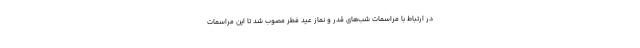
در ارتباط با مراسمات شب‌های قدر و نماز عید فطر مصوب شد تا این مراسمات